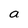
Character: a